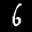
Label: 6